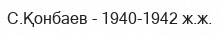
С.Қонбаев - 1940-1942 ж.ж.